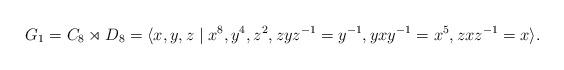
LaTeX: \begin{align*} G_1&=C_8\rtimes D_8 = \langle x,y,z \mid x^8, y^4, z^2, zyz^{-1}=y^{-1},yxy^{-1}=x^5, zxz^{-1}=x\rangle.\end{align*}